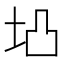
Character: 𱖖